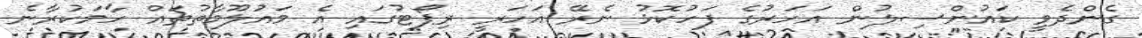
ގެންދެވީ ކައުންސިލުން އަހަރުގެ ފަހުކޮޅު ނެރޭ އަހަރީ ރިޕޯޓުގައި އެ މައުލޫމާތުތައް ހާމަކުރާނެ